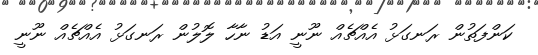
ކަންފަތުން ރަނގަޅު އެއްޗެއް ނޫނީ އަޑު ނާހާ ލޮލުން ރަނގަޅު އެއްޗެއް ނޫނީ